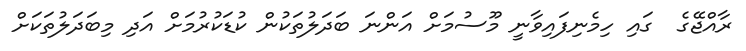
ރާއްޖޭގެ  ގައި ހިމެނިފައިވާނީ މޫސުމަށް އަންނަ ބަދަލުތަކުން ކުޑަކުރުމަށް އަދި މިބަދަލުތަކަށް